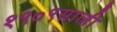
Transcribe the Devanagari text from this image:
१९०९साली